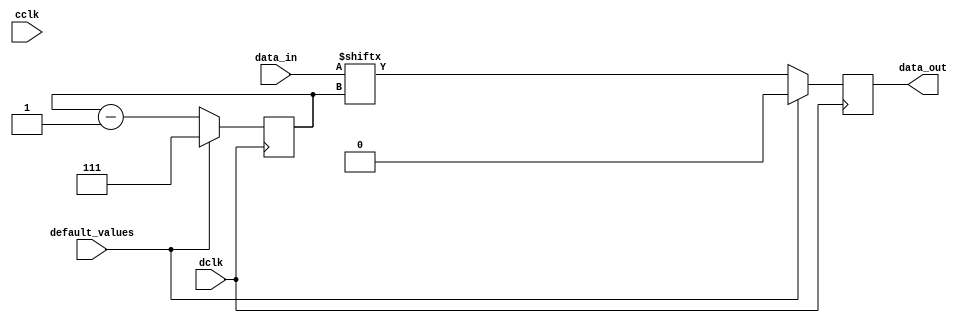
module converter_bits (
		input	 		cclk,
		input	 		dclk,
		input			default_values,
		input [7:0] 	data_in,		
		output reg data_out
		);


	//valid_out0 = 0;

	reg [2:0] cnt;


   	always @ (posedge dclk) begin

   		if (default_values==1) begin
   			cnt <= 3'b111;
   			data_out <= 0;
   		end


   		else begin

	   		if(cnt ==0) begin
	   			cnt <= 3'b111;
	   		end
	   		data_out <= data_in[cnt];

	   		cnt <= cnt - 1;
	   	end



   	end // always @ (posedge dclk)

endmodule // 8_to_1_bits